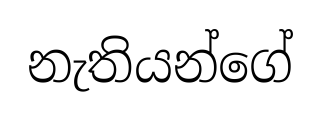
නැතියන්ගේ